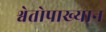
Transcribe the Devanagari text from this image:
श्वेतोपाख्यान